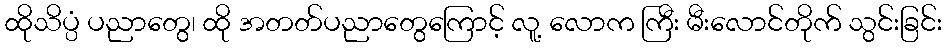
ထိုသိပ္ပံ ပညာတွေ၊ ထို အတတ်ပညာတွေကြောင့် လူ့ လောက ကြီး မီးလောင်တိုက် သွင်းခြင်း